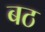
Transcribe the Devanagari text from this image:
बठ